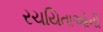
રચયિતાઓની